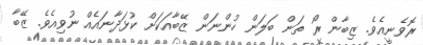
ރޮވެނީއެވެ. ޒިބާން ރޯ ތަން ބަލަން ހުންނަން ޒޭބާއަކަށް ކުޅަދާނައެއް ނުވިއެވެ. ޒޭބާ